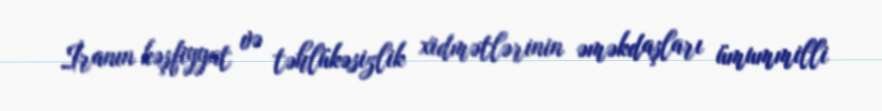
İranın kəşfiyyat və təhlükəsizlik xidmətlərinin əməkdaşları ümummilli